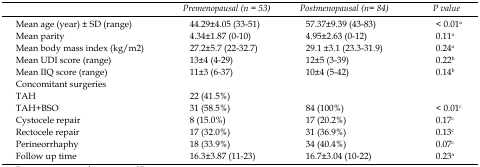
<table><thead><tr><td></td><td><b>Premenopausal (n = 53)</b></td><td><b>Postmenopausal (n = 84)</b></td><td><b>P value</b></td></tr></thead><tbody><tr><td>Mean age (year) ± SD (range)</td><td> 44.29±4.05 (33-51)</td><td> 57.37±9.39 (43-83)</td><td> &lt; 0.01a</td></tr><tr><td>Mean parity</td><td> 4.34±1.87 (0-10)</td><td> 4.95±2.63 (0-12)</td><td> 0.11a</td></tr><tr><td>Mean body mass index (kg/m2)</td><td> 27.2±5.7 (22-32.7)</td><td> 29.1 ±3.1 (23.3-31.9)</td><td> 0.24a</td></tr><tr><td>Mean UDI score (range)</td><td> 13±4 (4-29)</td><td> 12±5 (3-39)</td><td> 0.22b</td></tr><tr><td>Mean IIQ score (range)</td><td> 11±3 (6-37)</td><td> 10±4 (5-42)</td><td> 0.14b</td></tr><tr><td>Concomitant surgeries</td><td></td><td></td><td></td></tr><tr><td>TAH</td><td> 22 (41.5%)</td><td></td><td></td></tr><tr><td>TAH+BSO</td><td> 31 (58.5%)</td><td> 84 (100%)</td><td> &lt; 0.01c</td></tr><tr><td>Cystocele repair</td><td> 8 (15.0%)</td><td> 17 (20.2%)</td><td> 0.17c</td></tr><tr><td>Rectocele repair</td><td> 17 (32.0%)</td><td> 31 (36.9%)</td><td> 0.13c</td></tr><tr><td>Perineorrhaphy</td><td> 18 (33.9%)</td><td> 34 (40.4%)</td><td> 0.07c</td></tr><tr><td>Follow up time</td><td> 16.3±3.87 (11-23)</td><td> 16.7±3.04 (10-22)</td><td> 0.23a</td></tr></tbody></table>